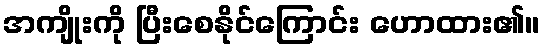
အကျိုးကို ပြီးစေနိုင်ကြောင်း ဟောထား၏။